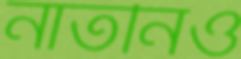
নাতনিও